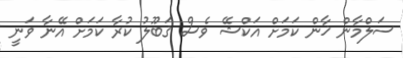
ސަލްމާން ޚާން ކަމަށް އަކްޝޭ ވެސް ޤަބޫލު ކުރާ ކަމަށް އޭނާ ވަނީ